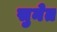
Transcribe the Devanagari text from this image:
सुनेत